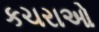
કચરાઓ